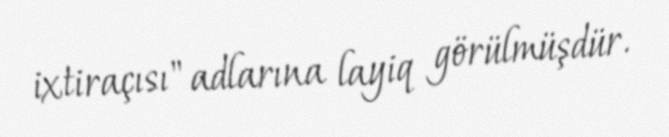
ixtiraçısı" adlarına layiq görülmüşdür.